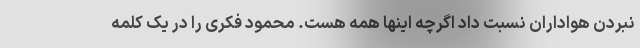
نبردن هواداران نسبت داد اگرچه اینها همه هست. محمود فکری را در یک کلمه